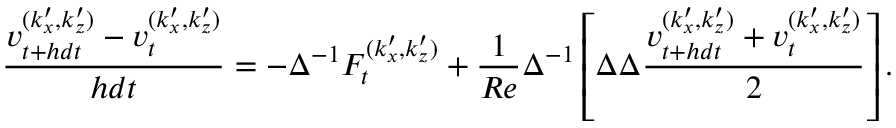
\frac { v _ { t + h d t } ^ { ( k _ { x } ^ { \prime } , k _ { z } ^ { \prime } ) } - v _ { t } ^ { ( k _ { x } ^ { \prime } , k _ { z } ^ { \prime } ) } } { h d t } = - \Delta ^ { - 1 } F _ { t } ^ { ( k _ { x } ^ { \prime } , k _ { z } ^ { \prime } ) } + \frac { 1 } { R e } \Delta ^ { - 1 } \left[ \Delta \Delta \frac { v _ { t + h d t } ^ { ( k _ { x } ^ { \prime } , k _ { z } ^ { \prime } ) } + v _ { t } ^ { ( k _ { x } ^ { \prime } , k _ { z } ^ { \prime } ) } } { 2 } \right] .